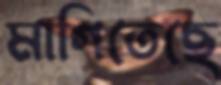
মাগিতেছে